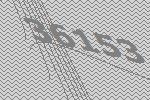
36153